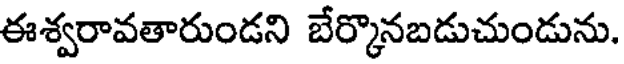
ఈశ్వరావతారుండని బేర్కొనబడుచుండును.